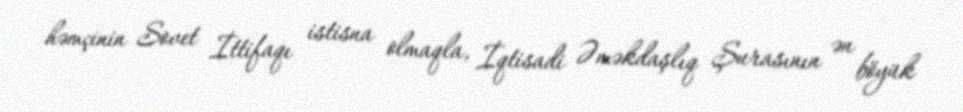
həmçinin Sovet İttifaqı istisna olmaqla, İqtisadi Əməkdaşlıq Şurasının ən böyük